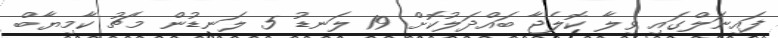
ފައިނަލްގައި ވިލާ ކޮލެޖާ ބައްދަލުކޮށް 19 ލަނޑު 5 ލަނޑުން މެޗު ކާމިޔާބް